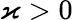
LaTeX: \varkappa>0